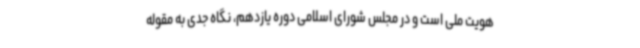
هویت ملی است و در مجلس شورای اسلامی دوره یازدهم، نگاه جدی به مقوله